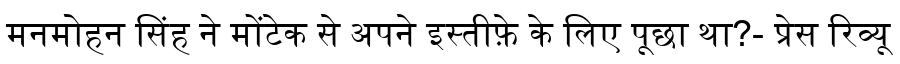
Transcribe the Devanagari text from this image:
मनमोहन सिंह ने मोंटेक से अपने इस्तीफ़े के लिए पूछा था?- प्रेस रिव्यू